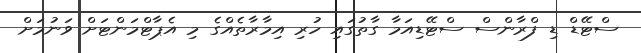
ސްޓޭޑް ޑި ފްރާންސް ސްޓޭޑިއަމާ ގާތުގައި ހުރި އިމާރާތެއްގެ މި އެޕާޓްމަންޓަށް ވަނުމަށް